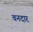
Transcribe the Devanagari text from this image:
वनदार